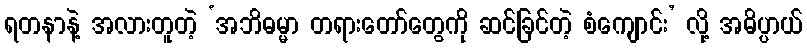
ရတနာနဲ့ အလားတူတဲ့ ‘အဘိဓမ္မာ တရားတော်တွေကို ဆင်ခြင်တဲ့ စံကျောင်း’ လို့ အဓိပ္ပာယ်